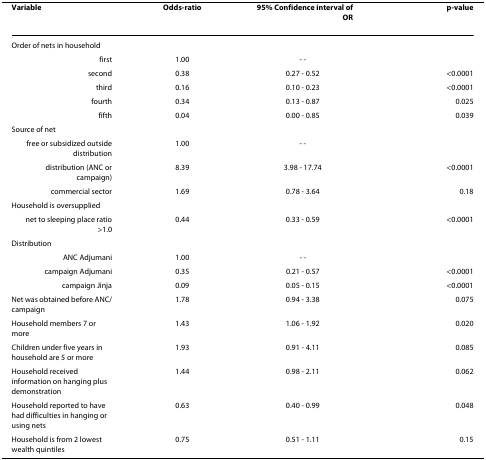
| Variable | Odds-ratio | 95% Confidence interval of OR | p-value |
 | --- | --- | --- | --- |
 | Order of nets in household |  |  |  |
 | first | 1.00 | - - |  |
 | second | 0.38 | 0.27 - 0.52 | <0.0001 |
 | third | 0.16 | 0.10 - 0.23 | <0.0001 |
 | fourth | 0.34 | 0.13 - 0.87 | 0.025 |
 | fifth | 0.04 | 0.00 - 0.85 | 0.039 |
 | Source of net |  |  |  |
 | free or subsidized outside distribution | 1.00 | - - |  |
 | distribution (ANC or campaign) | 8.39 | 3.98 - 17.74 | <0.0001 |
 | commercial sector | 1.69 | 0.78 - 3.64 | 0.18 |
 | Household is oversupplied |  |  |  |
 | net to sleeping place ratio >1.0 | 0.44 | 0.33 - 0.59 | <0.0001 |
 | Distribution |  |  |  |
 | ANC Adjumani | 1.00 | - - |  |
 | campaign Adjumani | 0.35 | 0.21 - 0.57 | <0.0001 |
 | campaign Jinja | 0.09 | 0.05 - 0.15 | <0.0001 |
 | Net was obtained before ANC/campaign | 1.78 | 0.94 - 3.38 | 0.075 |
 | Household members 7 or more | 1.43 | 1.06 - 1.92 | 0.020 |
 | Children under five years in household are 5 or more | 1.93 | 0.91 - 4.11 | 0.085 |
 | Household received information on hanging plus demonstration | 1.44 | 0.98 - 2.11 | 0.062 |
 | Household reported to have had difficulties in hanging or using nets | 0.63 | 0.40 - 0.99 | 0.048 |
 | Household is from 2 lowest wealth quintiles | 0.75 | 0.51 - 1.11 | 0.15 |